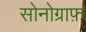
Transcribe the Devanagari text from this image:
सोनोग्राफ़